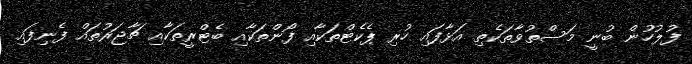
ފުލުހުން ބުނީ މަސްތުވާތަކެތި އަޅާފައި ހުރި ޕެކެޓްތަކާއި ފޯންތަކާއި ބެޓްރީތަކާއި ޗާޖަރުތައް ފެނިފައި